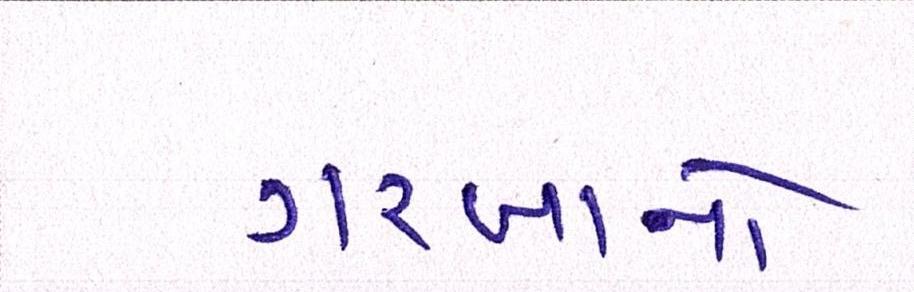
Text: ગરબાનો